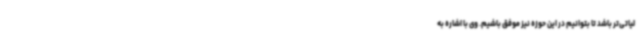
لیاتی‌تر باشد تا بتوانیم در این حوزه نیز موفق باشیم. وی با اشاره به